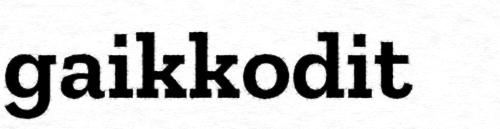
gaikkodit